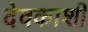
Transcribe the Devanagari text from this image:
देवकाशी